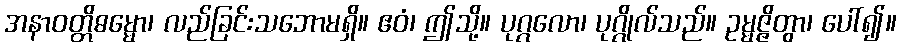
အနာဝတ္တိဓမ္မော၊ လည်ခြင်းသဘောမရှိ။ ဧဝံ၊ ဤသို့။ ပုဂ္ဂလော၊ ပုဂ္ဂိုလ်သည်။ ဥမ္မဇ္ဇိတွာ၊ ပေါ်၍။